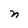
Character: n